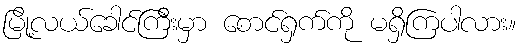
မြို့လယ်ခေါင်ကြီးမှာ စောင်ရှက်ကို မရှိကြပါလား။